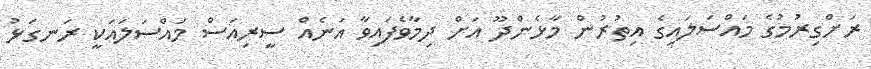
ރަށްގިރުމުގެ މައްސަލައިގެ އިތުރުން މާޅެންދޫ އަށް ދިމާވެފައިވާ އަނެއް ސީރިއަސް މައްސަލައަކީ ރަނގަޅު